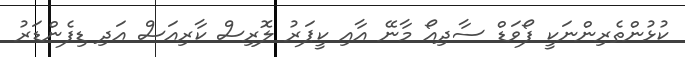
ކުޅުންތެރިންނަކީ ފޯވަޑް ސާދިއޯ މާނޭ އާއި ކީޕަރު ލޮރިސް ކާރިއަސް އަދި ޑިފެންޑަރު